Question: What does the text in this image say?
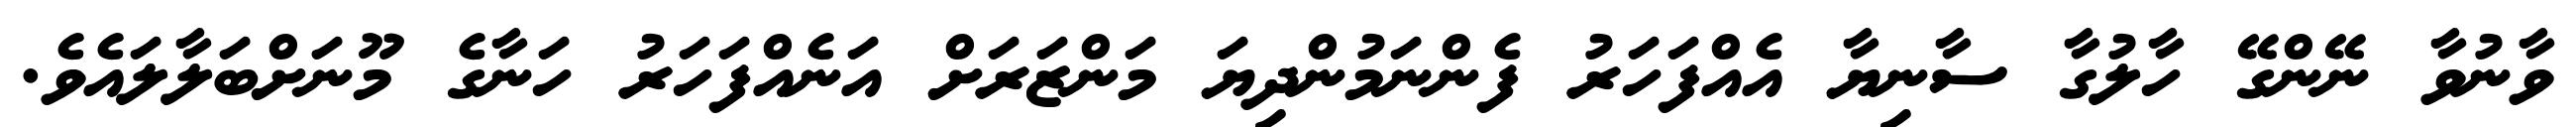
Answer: ވާނުވާ ނޭންގޭ ހާލުގާ ސާނިޔާ އެއްފަހަރު ފެންނަމުންދިޔަ މަންޒަރަށް އަނެއްފަހަރު ހަނާގެ މޫނަށްބަލާލައެވެ.